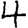
Digit: 4